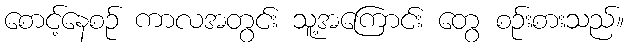
စောင့်နေစဉ် ကာလအတွင်း သူ့အကြောင်း တွေ စဉ်းစားသည်။